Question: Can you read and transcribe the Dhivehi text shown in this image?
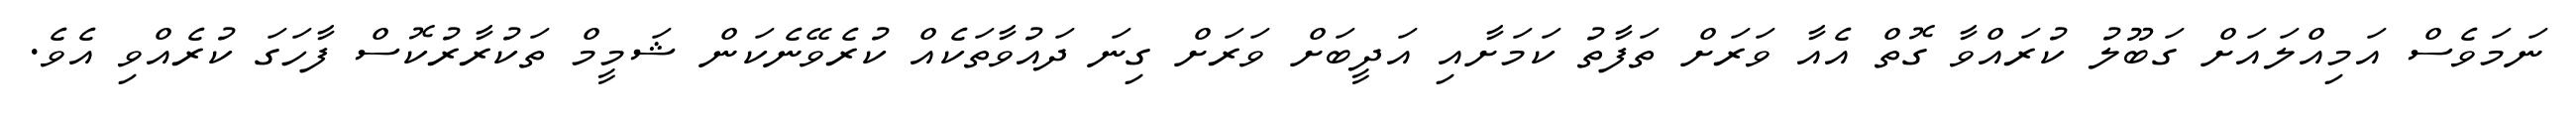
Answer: ނަމަވެސް އަމިއްލައަށް ގަބޫލު ކުރައްވާ ގޮތް އެއާ ވަރަށް ތަފާތު ކަމަށާއި އަދީބަށް ވަރަށް ގިނަ ދައުވާތަކެއް ކުރެވޭނެކަން ޝަމީމް ތަކުރާރުކޮސް ފާހަގަ ކުރެއްވި އެވެ.